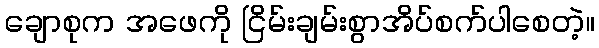
ချောစုက အဖေကို ငြိမ်းချမ်းစွာအိပ်စက်ပါစေတဲ့။